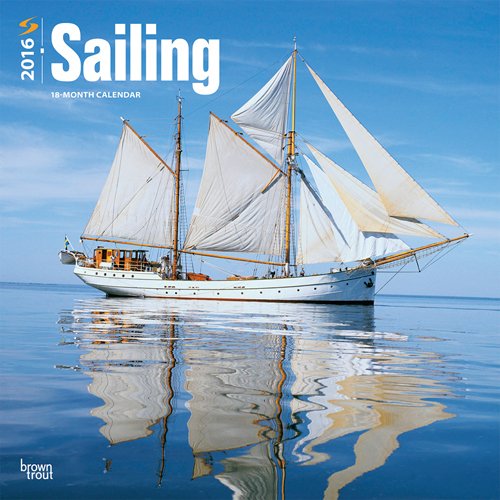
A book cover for Sailing 2016 Square 12x12; Browntrout Publishers; Calendars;